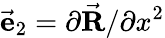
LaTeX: \vec{\mathbf e}_{2}=\partial\vec{\mathbf R}/\partial x^{2}